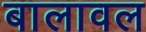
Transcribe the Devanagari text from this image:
बालावल